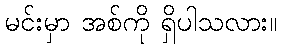
မင်းမှာ အစ်ကို ရှိပါသလား။